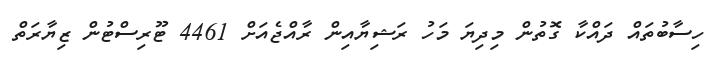
ހިސާބުތައް ދައްކާ ގޮތުން މިދިޔަ މަހު ރަޝިޔާއިން ރާއްޖެއަށް 4461 ޓޫރިސްޓުން ޒިޔާރަތް